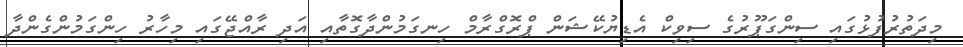
މިދަތުރުފުޅުގައި ސިންގަޕޫރުގެ ސިވިކް އެޑިޔުކޭޝަން ޕްރޮގްރާމް ހިނގަމުންދާގޮތާއި އަދި ރާއްޖޭގައި މިހާރު ހިންގަމުންގެންދާ